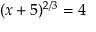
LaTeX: ( x + 5 ) ^ { 2 / 3 } = 4